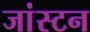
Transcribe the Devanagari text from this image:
जांस्टन